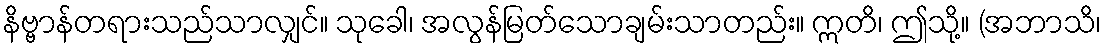
နိဗ္ဗာန်တရားသည်သာလျှင်။ သုခေါ၊ အလွန်မြတ်သောချမ်းသာတည်း။ ဣတိ၊ ဤသို့။ (အဘာသိ၊